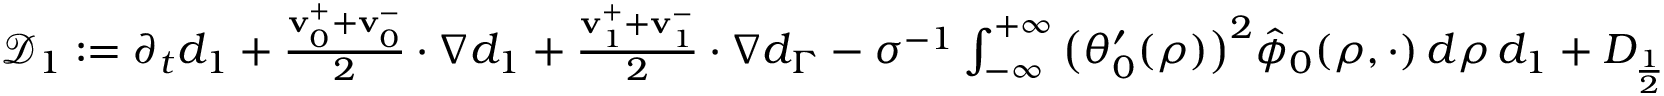
\begin{array} { r } { \mathcal { D } _ { 1 } : = \partial _ { t } d _ { 1 } + \frac { \mathbf { v } _ { 0 } ^ { + } + \mathbf { v } _ { 0 } ^ { - } } { 2 } \cdot \nabla d _ { 1 } + \frac { \mathbf { v } _ { 1 } ^ { + } + \mathbf { v } _ { 1 } ^ { - } } { 2 } \cdot \nabla d _ { \Gamma } - \sigma ^ { - 1 } \int _ { - \infty } ^ { + \infty } \big ( \theta _ { 0 } ^ { \prime } ( \rho ) \big ) ^ { 2 } \hat { \phi } _ { 0 } ( \rho , \cdot ) \, d \rho \, d _ { 1 } + D _ { \frac { 1 } { 2 } } } \end{array}